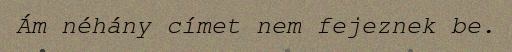
Ám néhány címet nem fejeznek be.